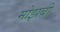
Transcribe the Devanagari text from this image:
मोझबी